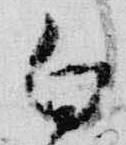
白